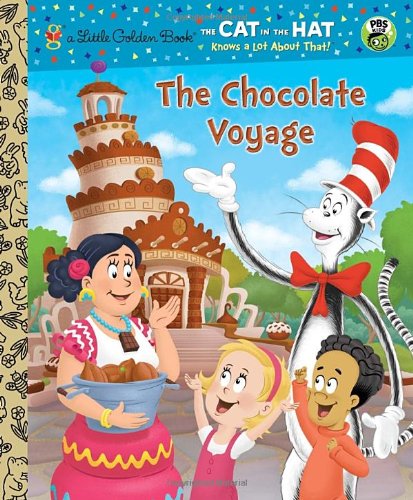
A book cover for The Chocolate Voyage (Dr. Seuss/Cat in the Hat) (Little Golden Book); Tish Rabe; Children's Books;